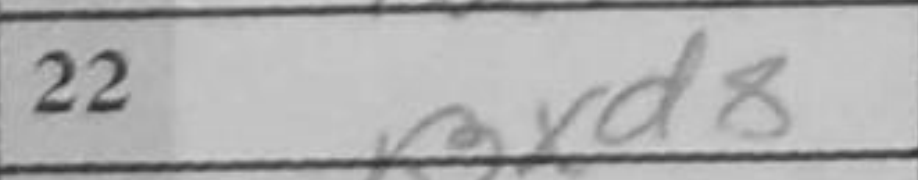
Transcription: Bxd8